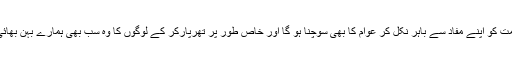
حکومت کو اپنے مفاد سے باہر نکل کر عوام کا بھی سوچنا ہو گا اور خاص طور پر تھرپارکر کے لوگوں کا وہ سب بھی ہمارے بہن بھائی ہیں۔